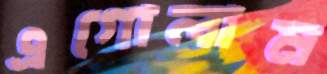
এগোলাম